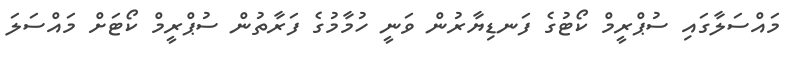
މައްސަލާގައި ސުޕްރީމް ކޯޓުގެ ފަނޑިޔާރުން ވަނީ ހުމާމުގެ ފަރާތުން ސުޕްރީމް ކޯޓަށް މައްސަލަ